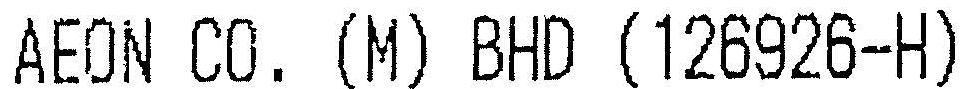
AEON CO. (M) BHD (126926-H)